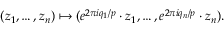
( z _ { 1 } , \ldots , z _ { n } ) \mapsto ( e ^ { 2 \pi i q _ { 1 } / p } \cdot z _ { 1 } , \ldots , e ^ { 2 \pi i q _ { n } / p } \cdot z _ { n } ) .